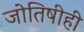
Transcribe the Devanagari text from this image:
जोतिषीही